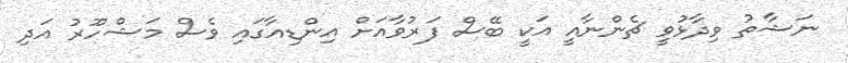
ނަޝާތު ވިދާޅުވީ ޗެންނާއީ އަކީ ބޭސް ފަރުވާއަށް އިންޑިއާގައި ވެސް މަޝްހޫރު އަދި